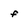
Character: f